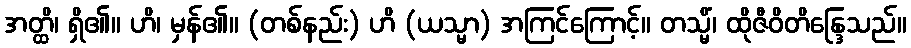
အတ္ထိ၊ ရှိ၏။ ဟိ၊ မှန်၏။ (တစ်နည်း) ဟိ (ယသ္မာ) အကြင်ကြောင့်။ တသ္မိံ၊ ထိုဇီဝိတိန္ဒြေသည်။